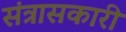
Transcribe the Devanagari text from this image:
संत्रासकारी